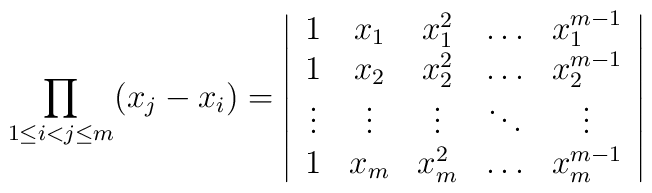
\prod_{1\le i<j\le m}(x_{j}-x_{i})=\left| \begin{array}{ccccc}1 & x_{1} & x_{1}^{2} & \dots & x_{1}^{m-1} \\ 1 & x_{2} & x_{2}^{2} & \dots & x_{2}^{m-1} \\ \vdots & \vdots & \vdots & \ddots & \vdots \\ 1 & x_{m} & x_{m}^{2} & \dots & x_{m}^{m-1}\end{array}\right|